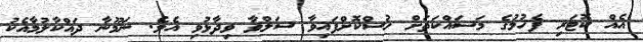
އެއް ކޮޓަރި ފެހުމުގެ މަސައްކަތަށް ހުސްކޮށްފައިވާ ސަލްވާ ވިދާޅުވި އެވެ. ނަމޫނާ ދައްކާލުމާއެކު